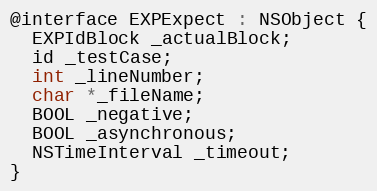
Language: C
@interface EXPExpect : NSObject {
  EXPIdBlock _actualBlock;
  id _testCase;
  int _lineNumber;
  char *_fileName;
  BOOL _negative;
  BOOL _asynchronous;
  NSTimeInterval _timeout;
}